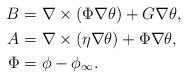
LaTeX: \begin{align*}\begin{aligned}B&=\nabla \times( \Phi\nabla \theta)+G\nabla \theta,\\A&=\nabla \times (\eta\nabla \theta)+\Phi\nabla \theta, \\\Phi&=\phi-\phi_{\infty}. \end{aligned}\end{align*}